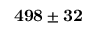
{ \bf 4 9 8 \pm 3 2 }